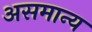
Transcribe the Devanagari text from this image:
असमान्‍य